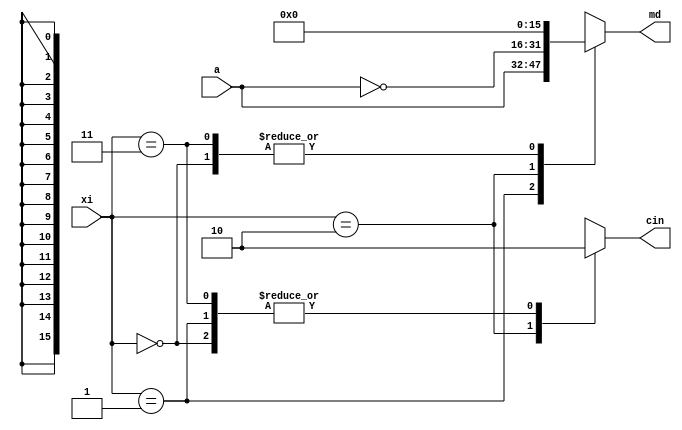
//Control unit for booth algorithm array multiplier
module ctrl(md,cin,a,xi);
	output reg [15:0] md;
	output reg cin;
	input [1:0] xi;
	input [15:0] a;
	always @(*)
	begin
		case(xi)
		2'b00:begin md = 16'd0; cin = 1'b0; end
		2'b01:begin md = a; cin = 1'b0; end
		2'b10:begin md = (~a); cin = 1'b1; end
		2'b11:begin md = 16'd0; cin = 1'b0; end
		endcase
	end
endmodule